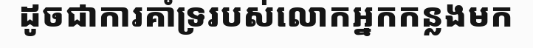
ដូចជាការគាំទ្ររបស់លោកអ្នកកន្លងមក